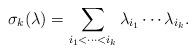
LaTeX: \begin{align*}\sigma_k(\lambda) = \sum_{i_1 < \cdots < i_k} \lambda_{i_1} \cdots \lambda_{i_k}.\end{align*}